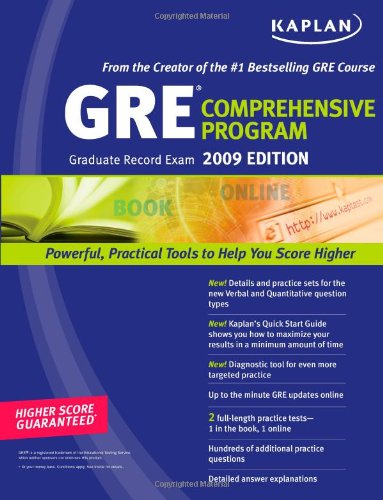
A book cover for Kaplan GRE Exam 2009 Comprehensive Program; Kaplan; Test Preparation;